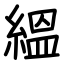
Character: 縕